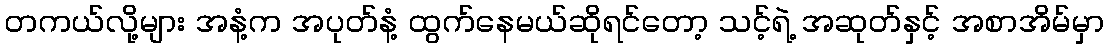
တကယ်လို့များ အနံ့က အပုတ်နံ့ ထွက်နေမယ်ဆိုရင်တော့ သင့်ရဲ့ အဆုတ်နှင့် အစာအိမ်မှာ